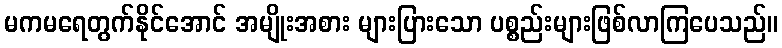
မကမရေတွက်နိုင်အောင် အမျိုးအစား များပြားသော ပစ္စည်းများဖြစ်လာကြပေသည်။